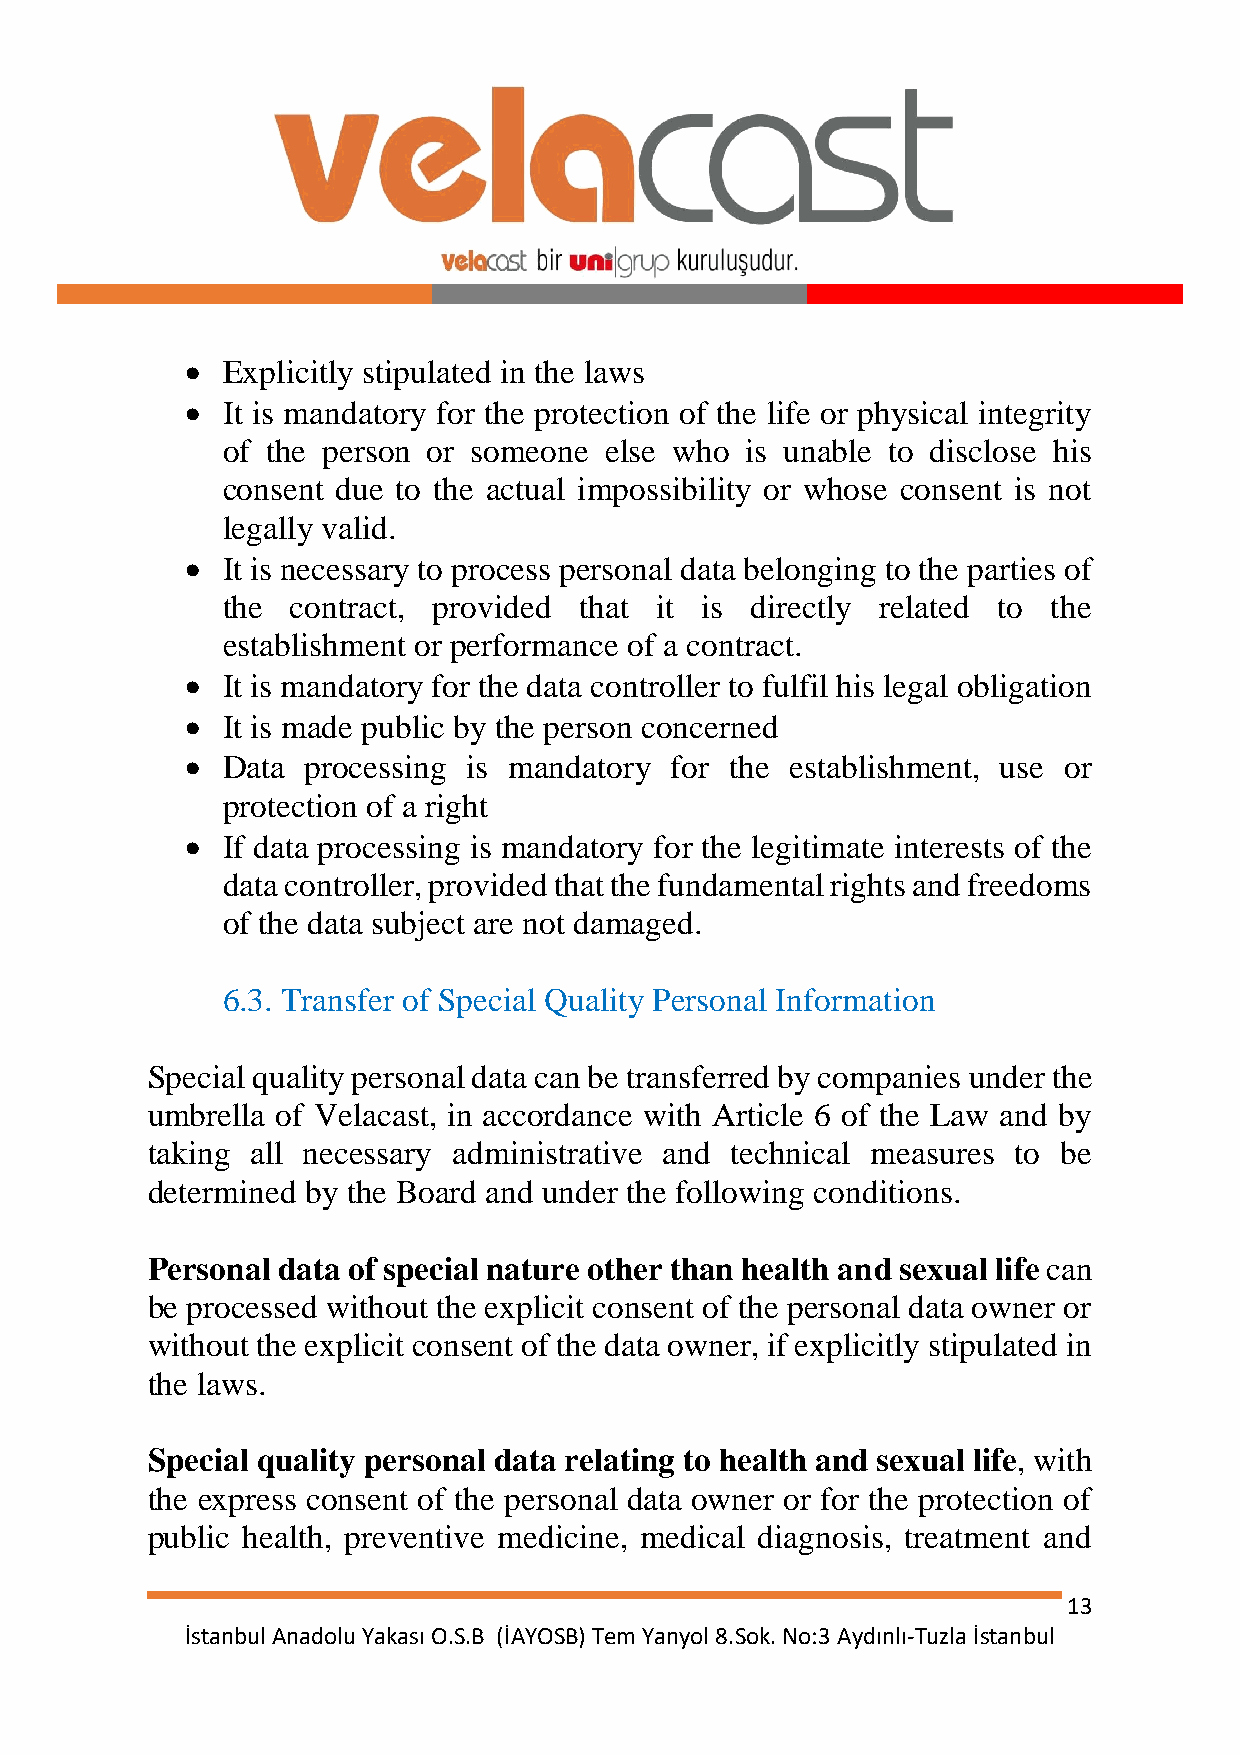
  Explicitly stipulated in the laws
   It is mandatory for the protection of the life or physical integrity
 of the person or someone else who is unable to disclose his
 consent due to the actual impossibility or whose consent is not
 legally valid.
   It is necessary to process personal data belonging to the parties of
 the contract, provided that it is  directly related to the
 establishment or performance of a contract.
   It is mandatory for the data controller to fulfil his legal obligation
   It is made public by the person concerned
   Data processing is mandatory for the establishment, use or
 protection of a right
   If data processing is mandatory for the legitimate interests of the
 data controller, provided that the fundamental rights and freedoms
 of the data subject are not damaged.
 6.3. Transfer of Special Quality Personal Information
 Special quality personal data can be transferred by companies under the
 umbrella of Velacast, in accordance with Article 6 of the Law and by
 taking all necessary administrative and technical measures to be
 determined by the Board and under the following conditions.
 Personal data of special nature other than health and sexual life can
 be processed without the explicit consent of the personal data owner or
 without the explicit consent of the data owner, if explicitly stipulated in
 the laws.
 Special quality personal data relating to health and sexual life, with
 the express consent of the personal data owner or for the protection of
 public health, preventive medicine, medical diagnosis, treatment and
 13
 İstanbul Anadolu Yakası O.S.B (İAYOSB) Tem Yanyol 8.Sok. No:3 Aydınlı-Tuzla İstanbul